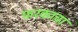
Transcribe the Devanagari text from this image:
फरकाचा